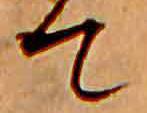
て